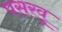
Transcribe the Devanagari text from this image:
पसरवू